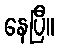
နေပြီ။